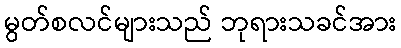
မွတ်စလင်များသည် ဘုရားသခင်အား